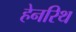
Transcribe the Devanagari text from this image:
हेनरिथ